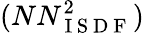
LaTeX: (NN_{\mathrm{~I~S~D~F~}}^{2})